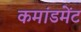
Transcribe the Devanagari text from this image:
कमांडमेंट